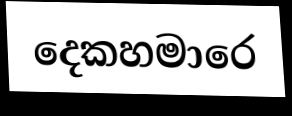
දෙකහමාරෙ